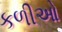
કળીઓ